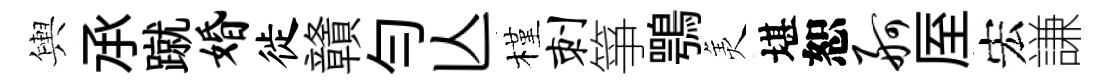
輿𠄘蹴婚徙贛勻亾槿刺箏鶚羙堪恕舸厔宏謙